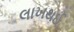
લાખથઈ